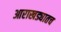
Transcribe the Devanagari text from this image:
आराखड्यातच